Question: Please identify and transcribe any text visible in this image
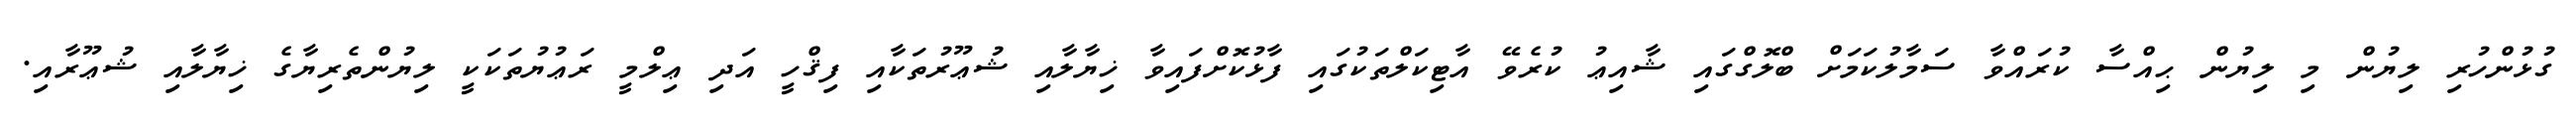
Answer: ގުޅުންހުރި ލިޔުން މި ލިޔުން ޙިއްސާ ކުރައްވާ ސަމާލުކަމަށް ބްލޮގްގައި ޝާއިޢު ކުރެވޭ އާޓިކަލްތަކުގައި ފާޅުކޮށްފައިވާ ޚިޔާލާއި ޝުޢޫރުތަކާއި ފިޤްހީ އަދި ޢިލްމީ ރަޢުޔުތަކަކީ ލިޔުންތެރިޔާގެ ޚިޔާލާއި ޝުޢޫރާއި.